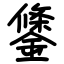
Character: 鎥